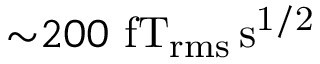
{ \sim } 2 0 0 ~ \mathrm { f T _ { r m s } \, s ^ { 1 / 2 } }